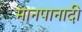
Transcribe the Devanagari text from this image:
मानपानादी